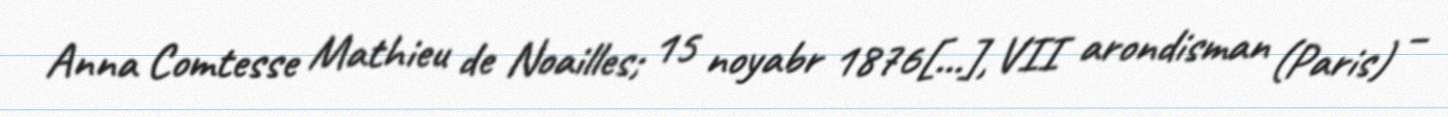
Anna Comtesse Mathieu de Noailles; 15 noyabr 1876[…], VII arondisman (Paris) –